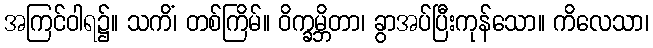
အကြင်ဝါရ၌။ သကိံ၊ တစ်ကြိမ်။ ဝိက္ခမ္ဘိတာ၊ ခွာအပ်ပြီးကုန်သော။ ကိလေသာ၊